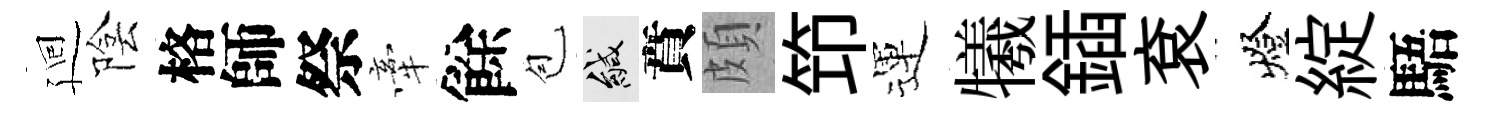
廻陰格師祭牽餘苞緘賁頗笻運犧鍤袞燈綻䮏